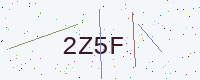
Text: 2Z5F